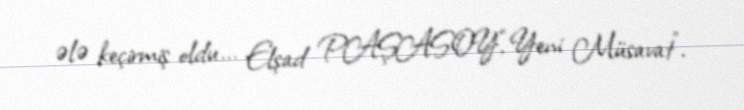
ələ keçirmiş oldu... Elşad PAŞASOY,“Yeni Müsavat”.